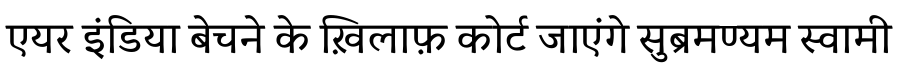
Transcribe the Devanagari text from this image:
एयर इंडिया बेचने के ख़िलाफ़ कोर्ट जाएंगे सुब्रमण्यम स्वामी